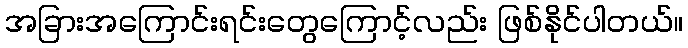
အခြားအကြောင်းရင်းတွေကြောင့်လည်း ဖြစ်နိုင်ပါတယ်။